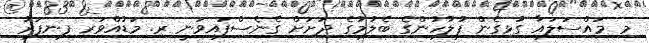
މި މައްސަލައާ ގުޅިގެން ފުލުހުންގެ ބެލުމުގެ ދަށަށް ގެނެސްފައިވަނީ ރ. މަޑުއްވަރި ފިނިފަރު